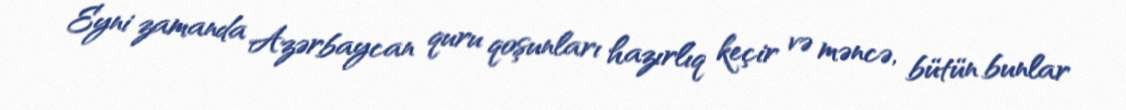
Eyni zamanda Azərbaycan quru qoşunları hazırlıq keçir və məncə, bütün bunlar